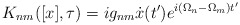
\begin{align*}K_{nm}([x], \tau) = i g_{nm} \dot{x}(t') e^{i(\Omega_n - \Omega_m)t'}\end{align*}